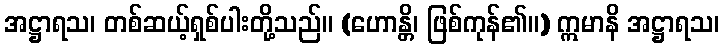
အဋ္ဌာရသ၊ တစ်ဆယ့်ရှစ်ပါးတို့သည်။ (ဟောန္တိ၊ ဖြစ်ကုန်၏။) ဣမာနိ အဋ္ဌာရသ၊